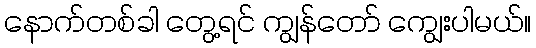
နောက်တစ်ခါ တွေ့ရင် ကျွန်တော် ကျွေးပါမယ်။